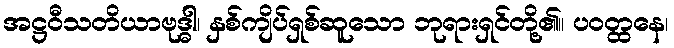
အဋ္ဌဝီသတိယာဗုဒ္ဓါ၊ နှစ်ကျိပ်ရှစ်ဆူသော ဘုရားရှင်တို့၏။ ပဝတ္ထနေ၊